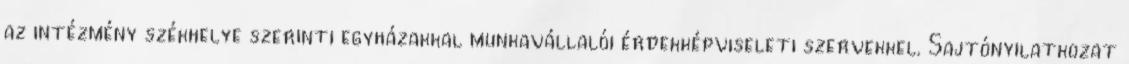
az intézmény székhelye szerinti egyházakkal munkavállalói érdekképviseleti szervekkel. Sajtónyilatkozat